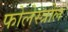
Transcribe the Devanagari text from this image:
फोलेस्त्रोल